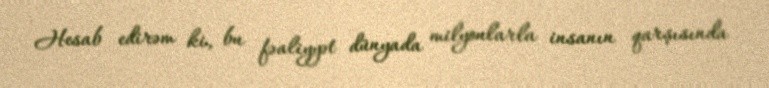
Hesab edirəm ki, bu fəaliyyət dünyada milyonlarla insanın qarşısında